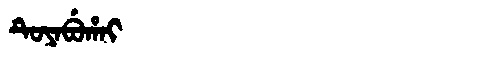
Manchu: ᡨᡠᠶᠠᠪᡠᡥᠠᡳ
Romanization: TUYABUHAI